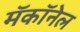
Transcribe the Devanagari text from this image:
मॅकॉनेल